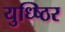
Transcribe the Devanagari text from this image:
युध्ष्ठिर